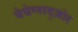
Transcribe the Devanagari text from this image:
येघेग्नाद्ज़ोर